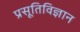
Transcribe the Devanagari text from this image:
प्रसूतिविज्ञान